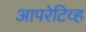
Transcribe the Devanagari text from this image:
आपरेटिव्ह